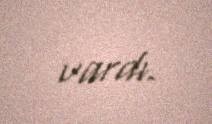
vardı.